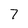
Character: 7